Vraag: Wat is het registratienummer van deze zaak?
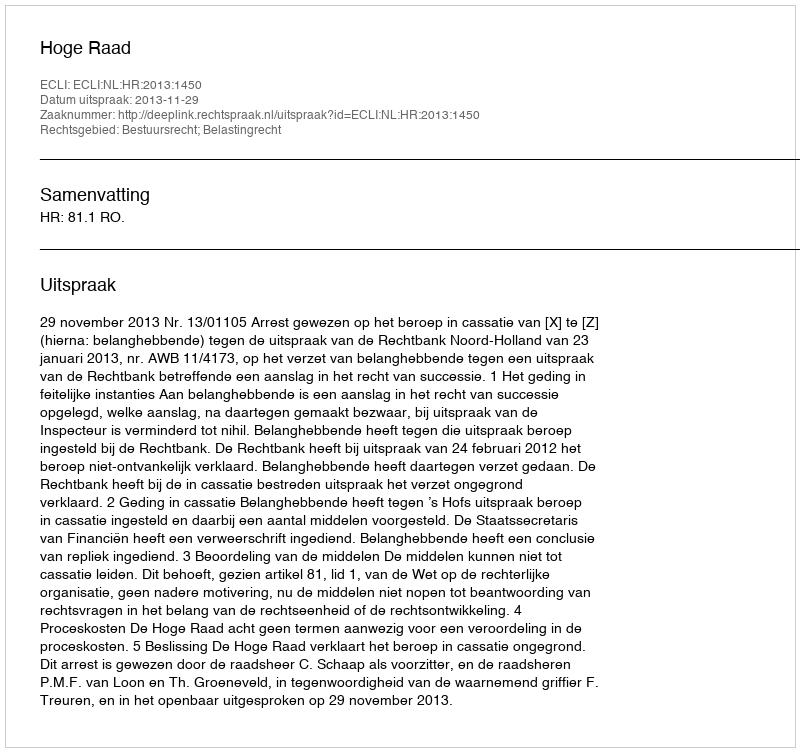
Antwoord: http://deeplink.rechtspraak.nl/uitspraak?id=ECLI:NL:HR:2013:1450